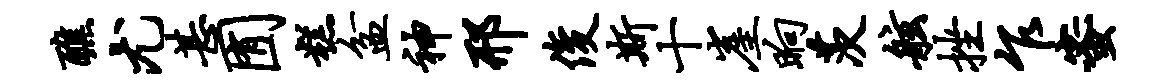
醮尤甚囿糕盆神邢俊斯十崖晌茨舷挫乍蜜